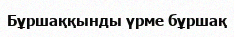
Бұршаққынды үрме бұршақ